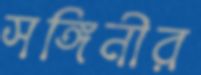
সঙ্গিনীর